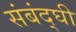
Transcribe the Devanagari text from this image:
संबंद्घी